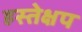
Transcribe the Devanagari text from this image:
हस्तेक्षप